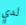
لدي